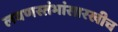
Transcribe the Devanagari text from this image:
लवणस्तंभांसारखीच